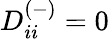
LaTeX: D_{ii}^{(-)}=0